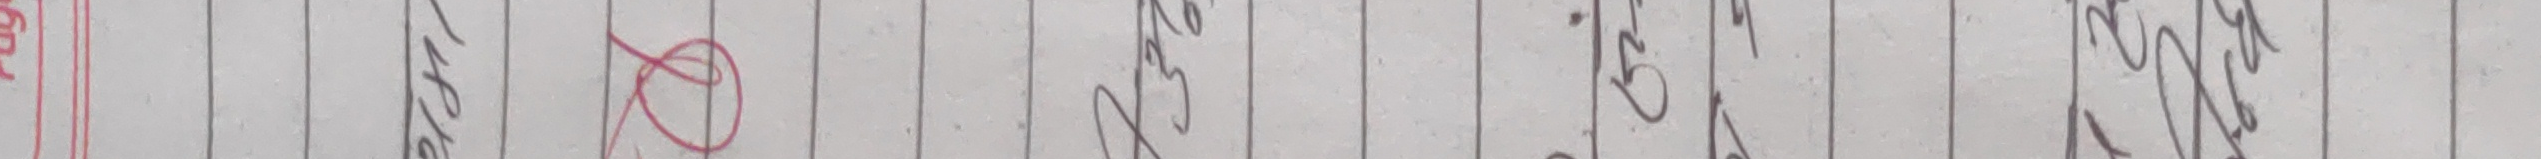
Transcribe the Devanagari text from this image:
तर्क